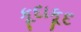
કૂદાકૂદ